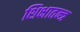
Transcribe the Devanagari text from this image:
शिक्षातन्त्र